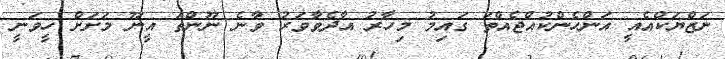
ނަޒްޔަކްއެއީ އަންހެންކުއްޖެއްތަ ގައިމު މިހާރު އާދެވާވަރު ވާނެ ނޫންތަ އީނޫ މަށަށް ހީވަނީ